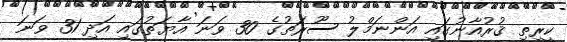
ކީރިތި ޤުރުއާނުގައި އަންނަމްލު ސޫރަތުގެ 30 ވަނަ އާޔަތުގައި އަދި 31 ވަނަ